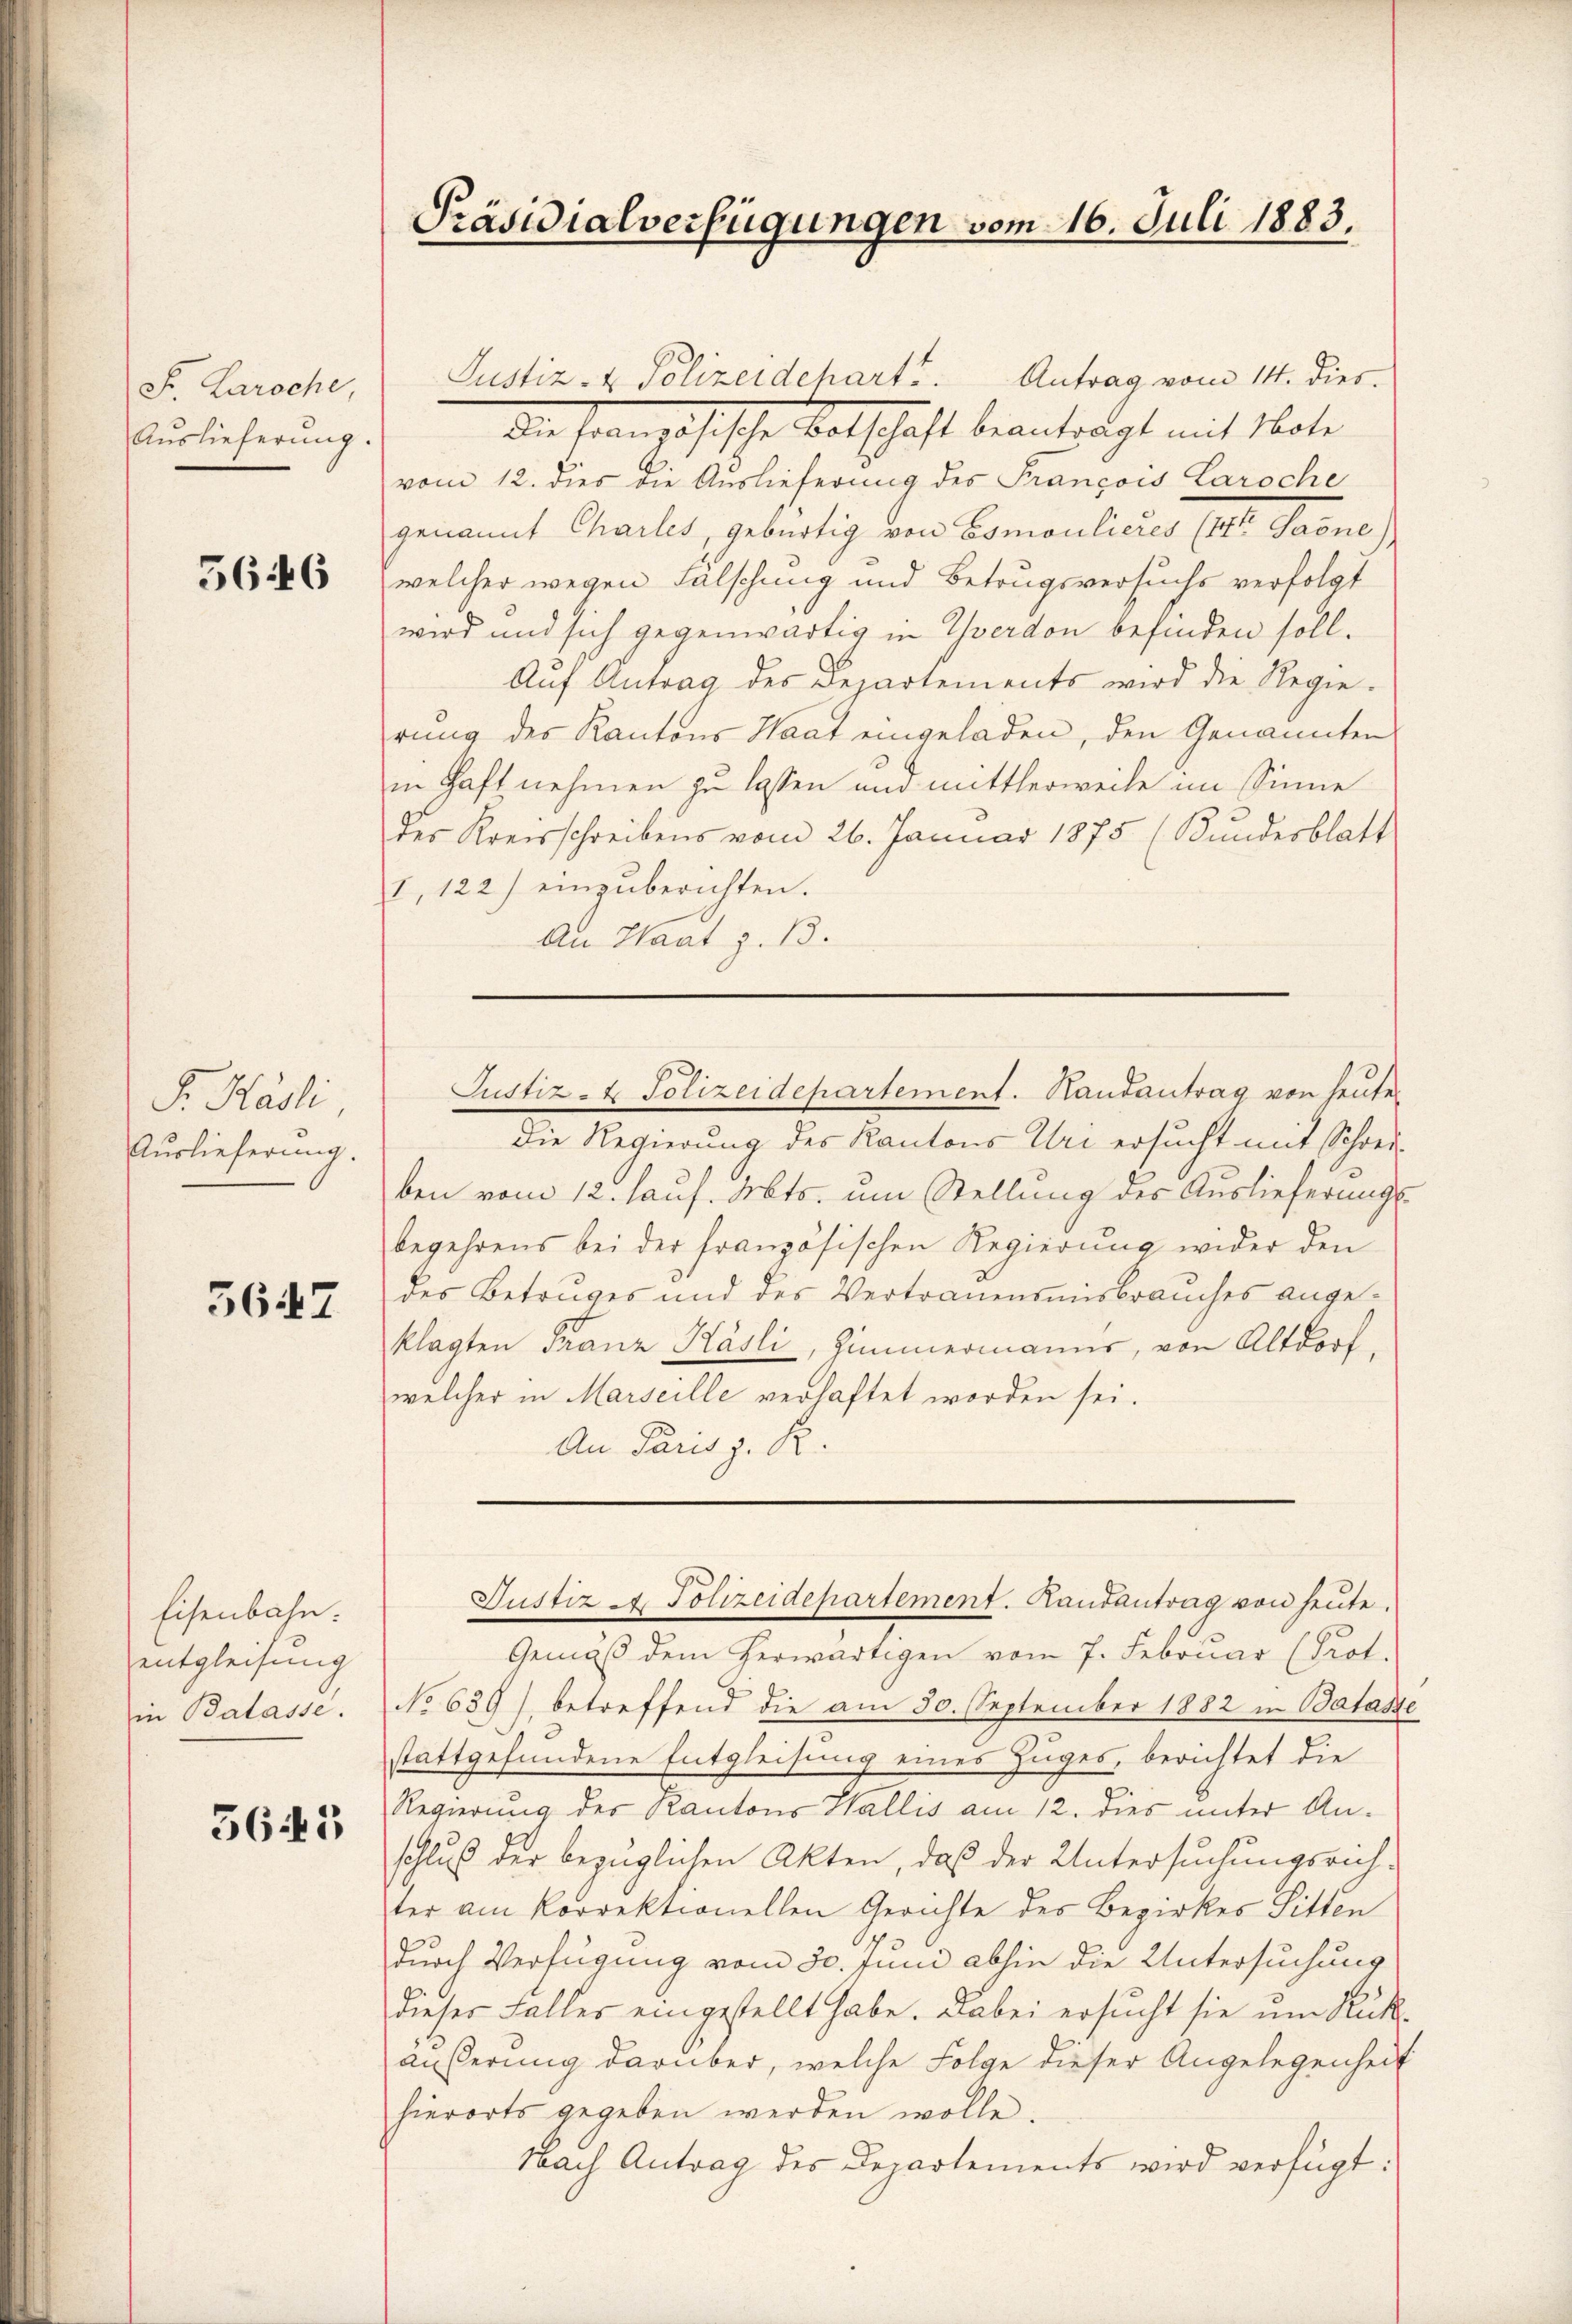
F. Laroche,
Auslieferung.

5646

F. Hasli,
Auslieferung.

3647

Eisenbahn.
entgleisung
in Balasse.

5645

Präsidialverfügungen vom 16. Juli 1883.

Justiz- & Polizeidehart. Antrag vom 14. dies.
Die Französische Botschaft beantragt mit Note
vom 12. dies die Auslieferung des François Laroche
genannt Chailes, gebürtig von Bomoulieres (lt. Jaene)
welcher wegen Falschung und Betrugsversuchs verfolgt
wird und sich gegenwärtig in Yverdon befinden soll.
Aŭf Antrag des Departements wird die Regie-
rung des Kantons Saat eingeladen, den Genannten
in Haft nehmen zu lassen und mittlerweile im Sinne
der Kreisschreibens vom 26. Januar 1875 (Bundesblatt
I, 122) einzuberichten.
An Haat z. B.
Justiz- & Polizeidepartement. Handantrag von heute
Die Regierung des Kantons Uri ersucht mit Schreiben vom 12. haus. Mts. um Stellung des Auslieferungs-
begehrens bei der französischen Regierung wider den
des Betruges und des Vertrauensmisbrauches angeklagten Franz Käsli, Zimmermanns, von Altdorf.
welcher in Marseille verhaftet worden sei.
An Paris z. R.

Justiz - Polizeidepartement. Randantrag von heŭte.

Gemäß dem herwärtigen vom 7. Februar (Prot.
No 639), betreffend die am 30. September 1882 in Batasse
stattgefundene Entgleisung eines Zuges, berichtet die
Regierung des Kantons Wallis am 12. dies unter Anschluß der bezüglichen Akten, daß der Untersuchungsrichter am korrektionellen Gerichte des Bezirkes Sitten
durch Verfügung vom 30. Juni abhin die Untersuchung
dieser Faller eingestellt habe. Dabei ersucht sie um Rükäußerung darüber, welche Folge dieser Angelegenheit
hierorts gegeben werden wolle.
Nach Antrag des Departements wird verfügt: